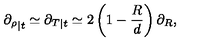
{ \partial _ { \rho } } _ { | t } \simeq { \partial _ { T } } _ { | t } \simeq 2 \left( 1 - \frac { R } { d } \right) \partial _ { R } ,